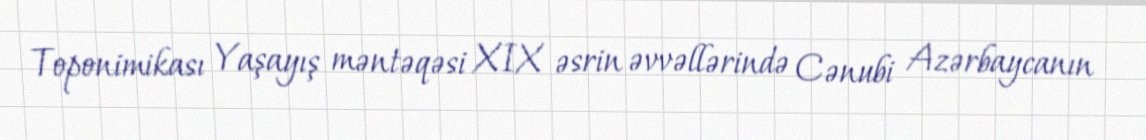
Toponimikası Yaşayış məntəqəsi XIX əsrin əvvəllərində Cənubi Azərbaycanın